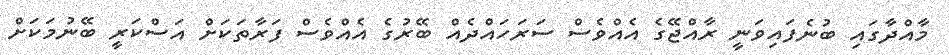
މާއްދާގައި ބުނެފައިވަނީ ރާއްޖޭގެ އެއްވެސް ސަރަހައްދެއް ބޭރުގެ އެއްވެސް ފަރާތަކަށް އަސްކަރީ ބޭނުމަކަށް